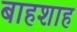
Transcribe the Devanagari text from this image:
बाहशाह